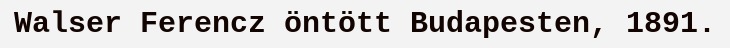
Walser Ferencz öntött Budapesten, 1891.